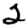
Digit: 2